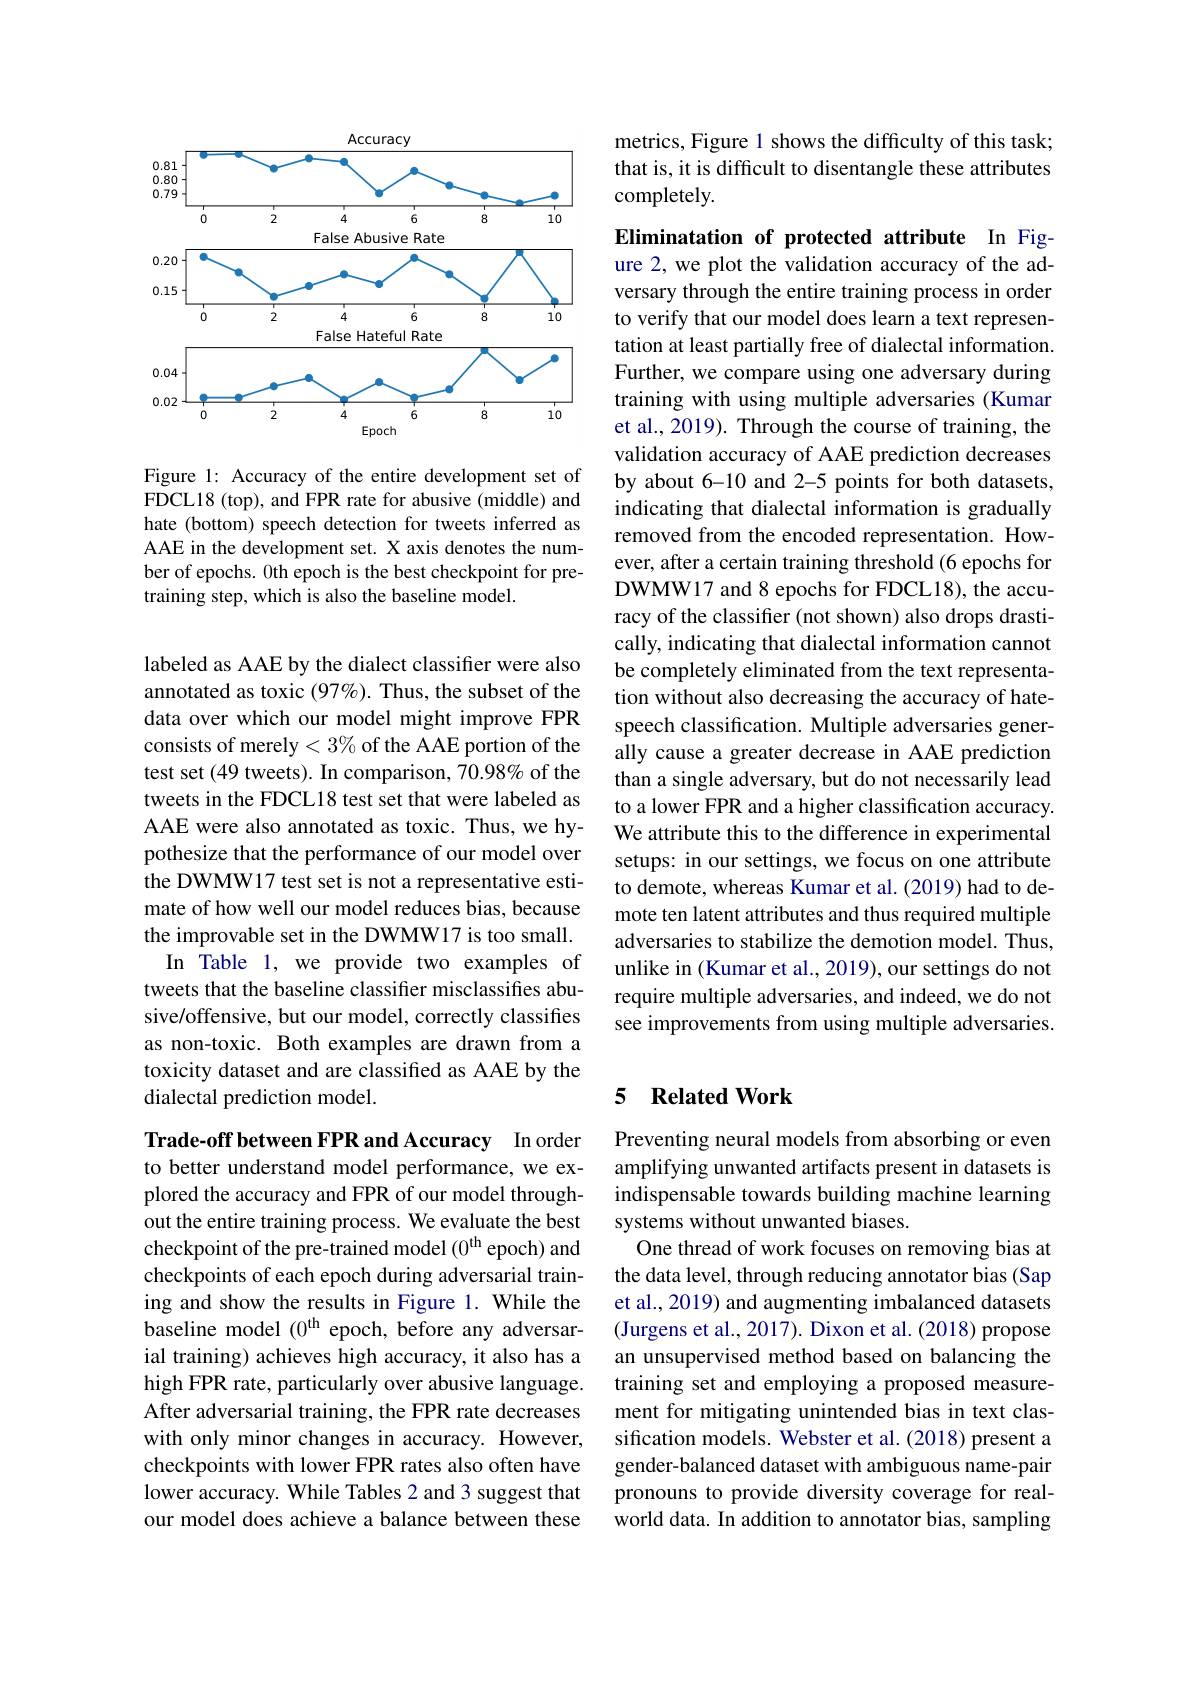
<FigureHere>

Figure 1: Accuracy of the entire development set of FDCL18 (top), and FPR rate for abusive (middle) and hate (bottom) speech detection for tweets inferred as AAE in the development set. X axis denotes the number of epochs. 0th epoch is the best checkpoint for pretraining step, which is also the baseline model.

labeled as AAE by the dialect classifier were also annotated as toxic $(97\%).$ Thus, the subset of the data over which our model might improve FPR consists of merely$<3\%$ of the AAE portion of the test set (49 tweets). In comparison, 70.98% of the tweets in the FDCL18 test set that were labeled as AAE were also annotated as toxic. Thus, we hypothesize that the performance of our model over the DWMW17 test set is not a representative estimate of how well our model reduces bias, because the improvable set in the DWMW17 is too small.
In Table 1, we provide two examples of tweets that the baseline classifier misclassifies abusive/offensive, but our model, correctly classifies as non-toxic. Both examples are drawn from a toxicity dataset and are classified as AAE by the dialectal prediction model.

Trade-off between FPR and Accuracy In order to better understand model performance, we explored the accuracy and FPR of our model throughout the entire training process. We evaluate the best checkpoint of the pre-trained model (0$^\mathrm{th}$ epoch) and checkpoints of each epoch during adversarial training and show the results in Figure 1. While the ial training) achieves high accuracy, it also has a high FPR rate, particularly over abusive language. After adversarial training, the FPR rate decreases with only minor changes in accuracy. However, checkpoints with lower FPR rates also often have lower accuracy. While Tables 2 and 3 suggest that our model does achieve a balance between these

metrics, Figure 1 shows the difficulty of this task; that is, it is difficult to disentangle these attributes completely.

Eliminatation of protected attribute In Figure 2, we plot the validation accuracy of the adversary through the entire training process in order to verify that our model does learn a text representation at least partially free of dialectal information. Further, we compare using one adversary during training with using multiple adversaries (Kumar et al., 2019). Through the course of training, the validation accuracy of AAE prediction decreases by about 6-10 and 2-5 points for both datasets, indicating that dialectal information is gradually removed from the encoded representation. However, after a certain training threshold (6 epochs for DWMW17 and 8 epochs for FDCL18), the accuracy of the classifier (not shown) also drops drastically, indicating that dialectal information cannot be completely eliminated from the text representation without also decreasing the accuracy of hatespeech classification. Multiple adversaries generally cause a greater decrease in AAE prediction than a single adversary, but do not necessarily lead to a lower FPR and a higher classification accuracy. We attribute this to the difference in experimental setups: in our settings, we focus on one attribute to demote, whereas Kumar et al. (2019) had to demote ten latent attributes and thus required multiple adversaries to stabilize the demotion model. Thus, unlike in (Kumar et al., 2019), our settings do not require multiple adversaries, and indeed, we do not see improvements from using multiple adversaries.

### 5 $\textbf{Related Work}$

Preventing neural models from absorbing or even amplifying unwanted artifacts present in datasets is indispensable towards building machine learning systems without unwanted biases.
One thread of work focuses on removing bias at the data level, through reducing annotator bias (Sap et al., 2019) and augmenting imbalanced datasets
baseline model $(0^\mathrm{th}$ epoch, before any adversar- (Jurgens et al.,2017). Dixon et al.(2018) propose
an unsupervised method based on balancing the training set and employing a proposed measurement for mitigating unintended bias in text classification models. Webster et al.(2018) present a gender-balanced dataset with ambiguous name-pair pronouns to provide diversity coverage for realworld data. In addition to annotator bias, sampling